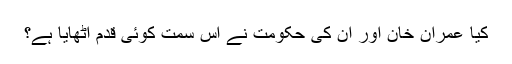
کیا عمران خان اور ان کی حکومت نے اس سمت کوئی قدم اٹھایا ہے؟